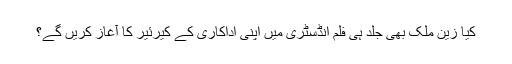
کیا زین ملک بھی جلد ہی فلم انڈسٹری میں اپنی اداکاری کے کیرئیر کا آغاز کریں گے؟